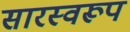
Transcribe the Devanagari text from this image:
सारस्वरूप